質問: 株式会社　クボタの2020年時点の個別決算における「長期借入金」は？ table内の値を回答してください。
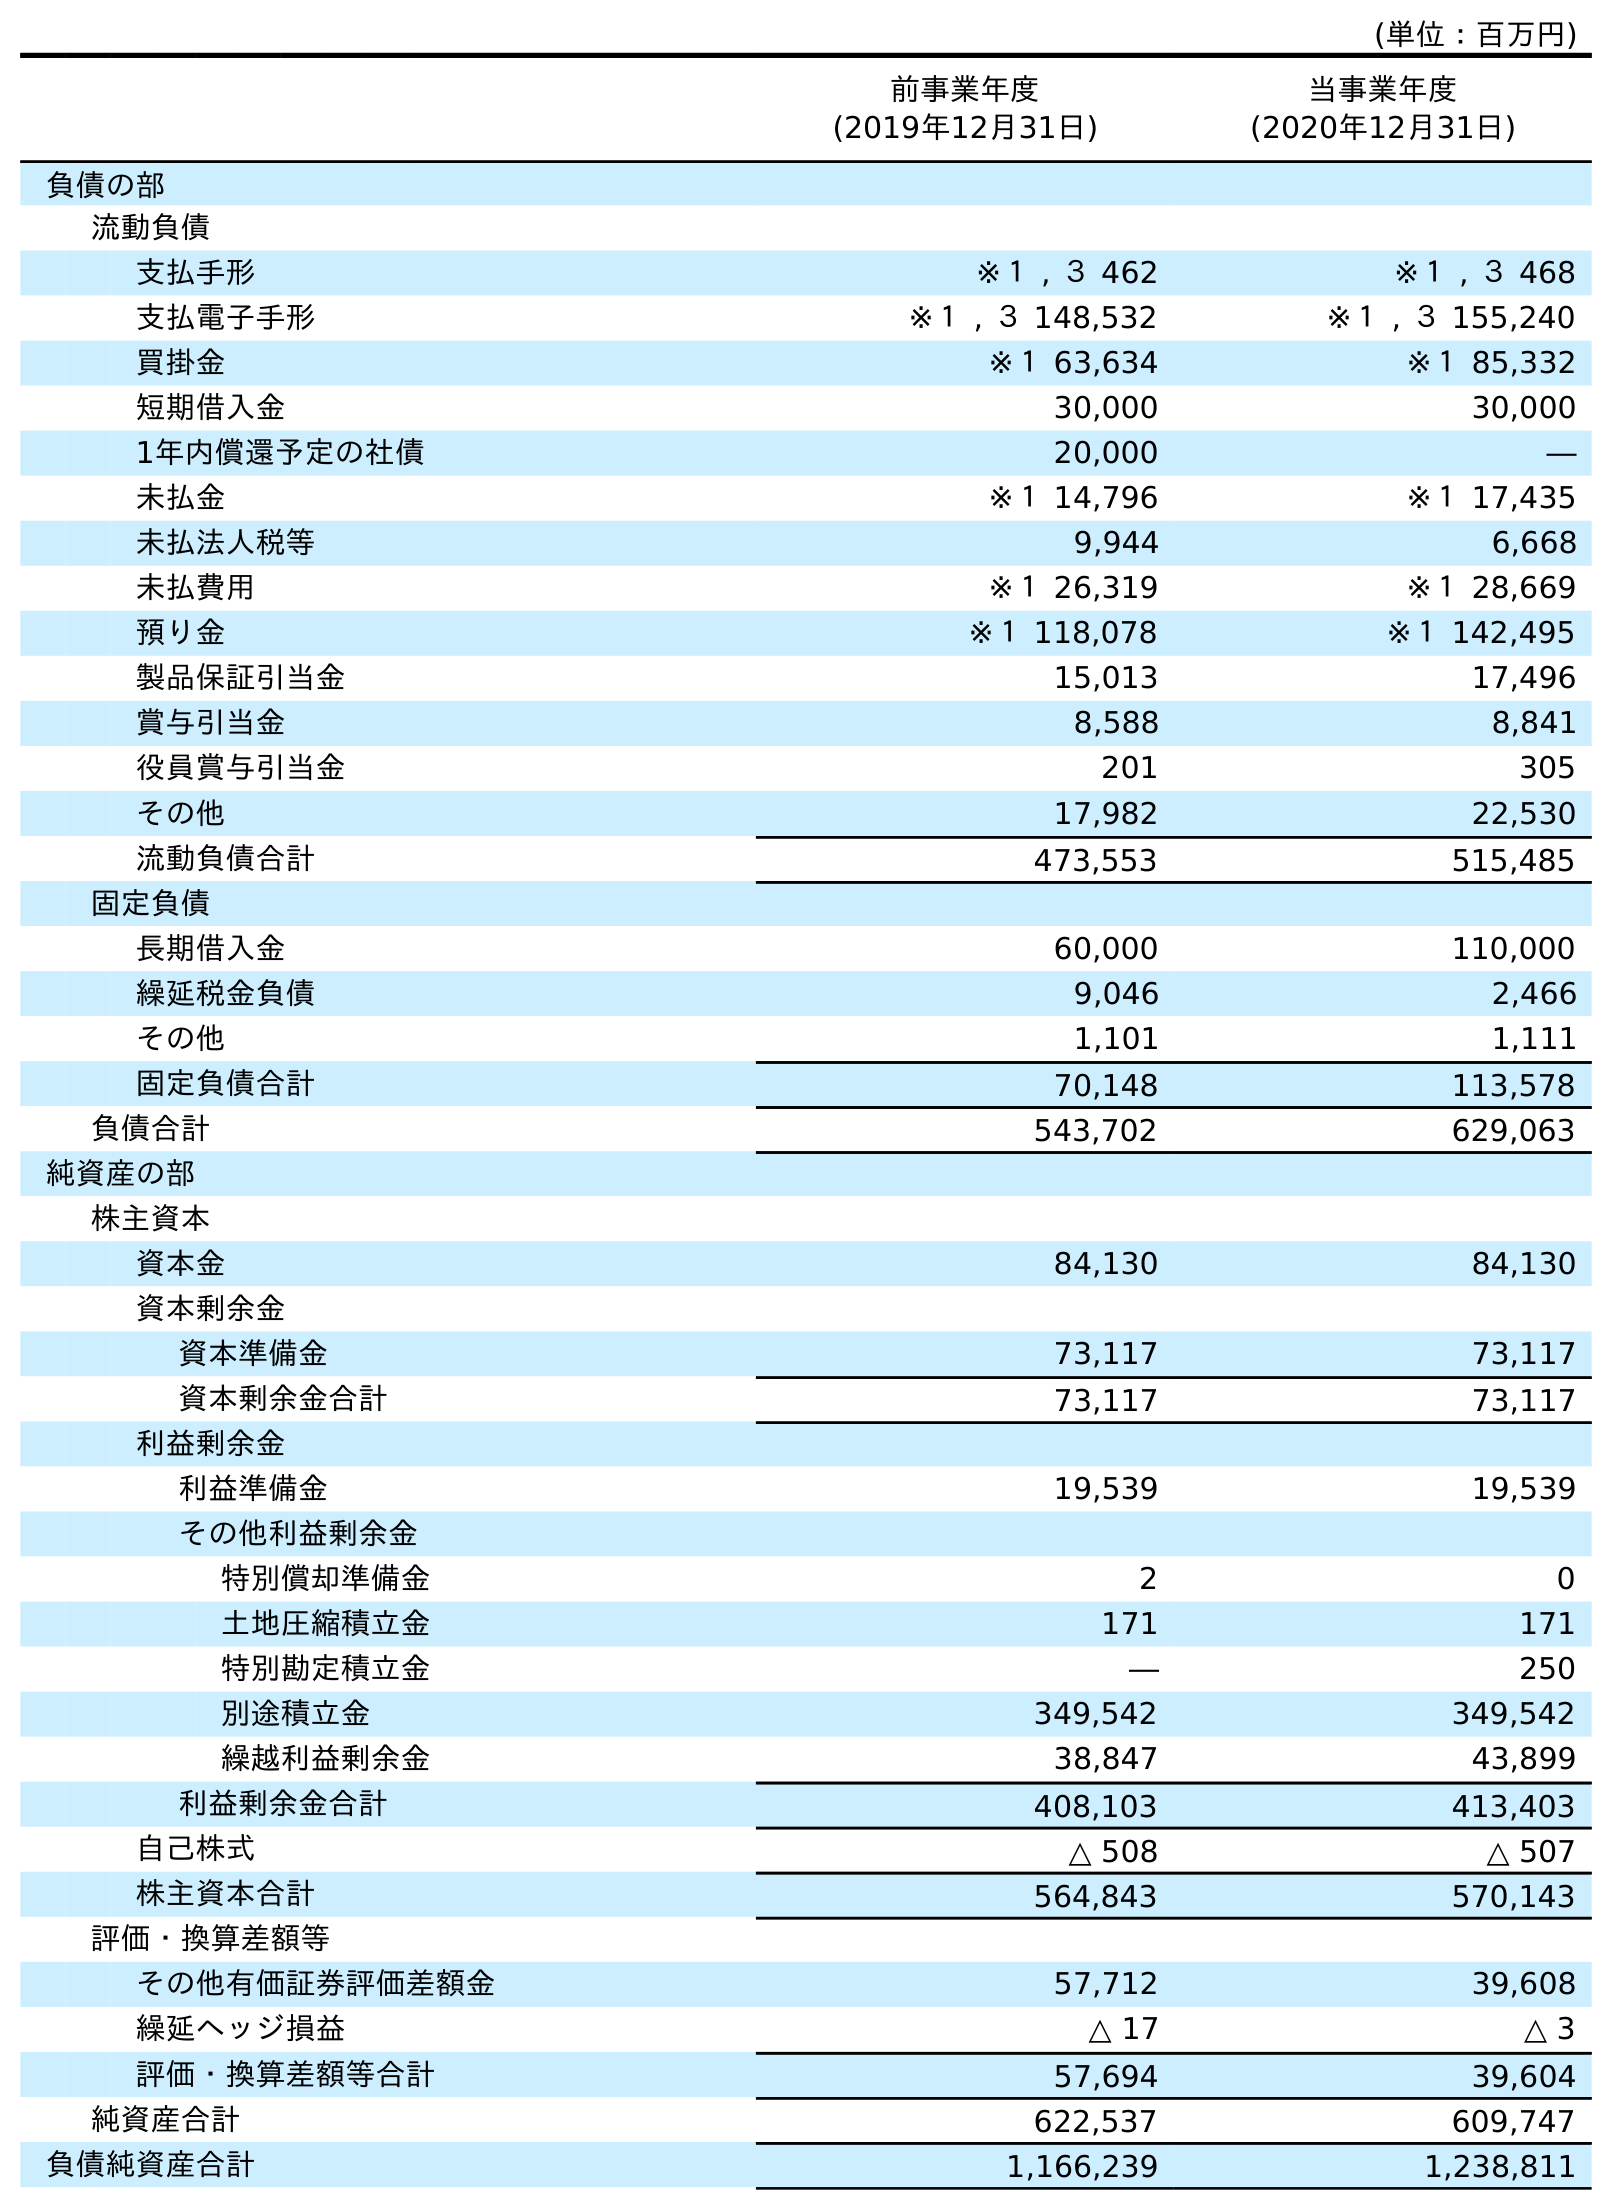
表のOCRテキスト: (単位：百万円) 前事業年度 (2019年12月31日) 当事業年度 (2020年12月31日) 負債の部 流動負債 支払手形 ※１ , ３ 462 ※１ , ３ 468 支払電子手形 ※１ , ３ 148,532 ※１ , ３ 155,240 買掛金 ※１ 63,634 ※１ 85,332 短期借入金 30,000 30,000 1年内償還予定の社債 20,000 ― 未払金 ※１ 14,796 ※１ 17,435 未払法人税等 9,944 6,668 未払費用 ※１ 26,319 ※１ 28,669 預り金 ※１ 118,078 ※１ 142,495 製品保証引当金 15,013 17,496 賞与引当金 8,588 8,841 役員賞与引当金 201 305 その他 17,982 22,530 流動負債合計 473,553 515,485 固定負債 長期借入金 60,000 110,000 繰延税金負債 9,046 2,466 その他 1,101 1,111 固定負債合計 70,148 113,578 負債合計 543,702 629,063 純資産の部 株主資本 資本金 84,130 84,130 資本剰余金 資本準備金 73,117 73,117 資本剰余金合計 73,117 73,117 利益剰余金 利益準備金 19,539 19,539 その他利益剰余金 特別償却準備金 2 0 土地圧縮積立金 171 171 特別勘定積立金 ― 250 別途積立金 349,542 349,542 繰越利益剰余金 38,847 43,899 利益剰余金合計 408,103 413,403 自己株式 △ 508 △ 507 株主資本合計 564,843 570,143 評価・換算差額等 その他有価証券評価差額金 57,712 39,608 繰延ヘッジ損益 △ 17 △ 3 評価・換算差額等合計 57,694 39,604 純資産合計 622,537 609,747 負債純資産合計 1,166,239 1,238,811
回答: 110,000